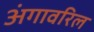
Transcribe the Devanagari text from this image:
अंगावरिल